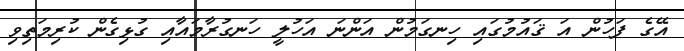
އޭގެ ފަހުން އަ ޤައުމުގައި ހިނގަމުން އަންނަ އަހުލީ ހަނގުރާމައާއި ގުޅިގެން ކުރިމަތިވި